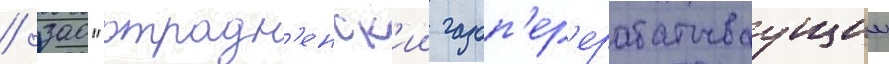
/ зао "отрадн'енск'ии газоп'ер'ерабатываущии